Indian journal of veterinary science and animal husbandry - Volume 6,
Year: 1936
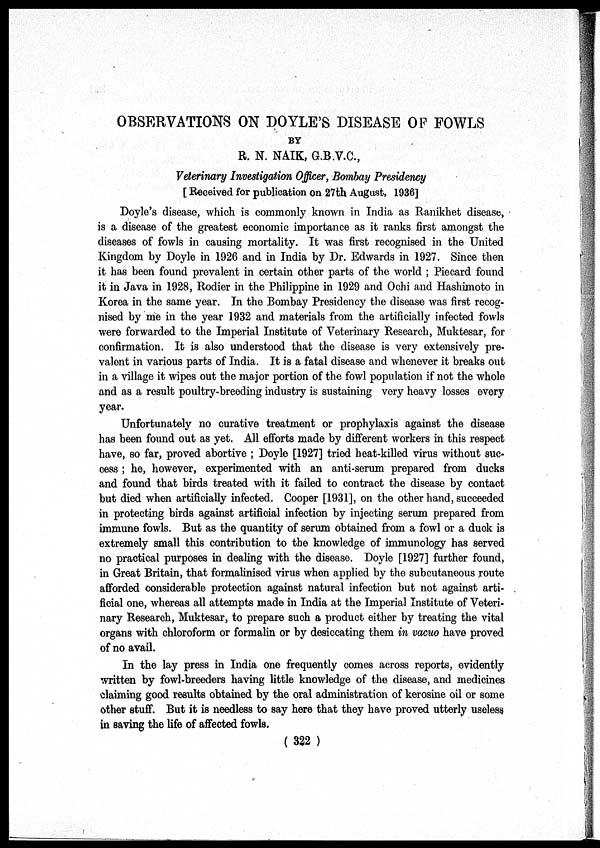
OBSERVATIONS ON DOYLE'S DISEASE OF FOWLS
BY
R. N. NAIK, G.B.V.C.,
Veterinary Investigation Officer, Bombay Presidency
[Received for publication on 27th August, 1936]
Doyle's disease, which is commonly known in India as Ranikhet disease,
is a disease of the greatest economic importance as it ranks first amongst the
diseases of fowls in causing mortality. It was first recognised in the United
Kingdom by Doyle in 1926 and in India by Dr. Edwards in 1927. Since then
it has been found prevalent in certain other parts of the world ; Piecard found
it in Java in 1928, Rodier in the Philippine in 1929 and Ochi and Hashimoto in
Korea in the same year. In the Bombay Presidency the disease was first recog-
nised by me in the year 1932 and materials from the artificially infected fowls
were forwarded to the Imperial Institute of Veterinary Research, Muktesar, for
confirmation. It is also understood that the disease is very extensively pre-
valent in various parts of India. It is a fatal disease and whenever it breaks out
in a village it wipes out the major portion of the fowl population if not the whole
and as a result poultry-breeding industry is sustaining very heavy losses every
year.
Unfortunately no curative treatment or prophylaxis against the disease
has been found out as yet. All efforts made by different workers in this respect
have, so far, proved abortive ; Doyle [1927] tried heat-killed virus without suc-
cess ; he, however, experimented with an anti-serum prepared from ducks
and found that birds treated with it failed to contract the disease by contact
but died when artificially infected. Cooper [1931], on the other hand, succeeded
in protecting birds against artificial infection by injecting serum prepared from
immune fowls. But as the quantity of serum obtained from a fowl or a duck is
extremely small this contribution to the knowledge of immunology has served
no practical purposes in dealing with the disease. Doyle [1927] further found,
in Great Britain, that formalinised virus when applied by the subcutaneous route
afforded considerable protection against natural infection but not against arti-
ficial one, whereas all attempts made in India at the Imperial Institute of Veteri-
nary Research, Muktesar, to prepare such a product either by treating the vital
organs with chloroform or formalin or by desiccating them in vacuo have proved
of no avail.
In the lay press in India one frequently comes across reports, evidently
written by fowl-breeders having little knowledge of the disease, and medicines
claiming good results obtained by the oral administration of kerosine oil or some
other stuff. But it is needless to say here that they have proved utterly useless
in saving the life of affected fowls.
( 322 )